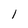
Character: 1